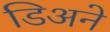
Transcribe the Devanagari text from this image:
डिअने